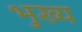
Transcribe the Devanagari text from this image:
भुख्य